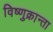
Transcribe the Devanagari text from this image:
विष्णुक्रान्ता